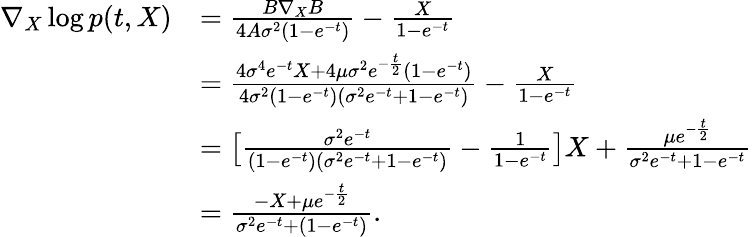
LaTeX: \begin{array}{rl}{\nabla_{X}\log p(t,X)}&{=\frac{B\nabla_{X}B}{4A\sigma^{2}(1-e^{-t})}-\frac{X}{1-e^{-t}}}\\ &{=\frac{4\sigma^{4}e^{-t}X+4\mu\sigma^{2}e^{-\frac{t}{2}}(1-e^{-t})}{4\sigma^{2}(1-e^{-t})(\sigma^{2}e^{-t}+1-e^{-t})}-\frac{X}{1-e^{-t}}}\\ &{=\big[\frac{\sigma^{2}e^{-t}}{(1-e^{-t})(\sigma^{2}e^{-t}+1-e^{-t})}-\frac{1}{1-e^{-t}}\big]X+\frac{\mu e^{-\frac{t}{2}}}{\sigma^{2}e^{-t}+1-e^{-t}}}\\ &{=\frac{-X+\mu e^{-\frac{t}{2}}}{\sigma^{2}e^{-t}+(1-e^{-t})}.}\end{array}